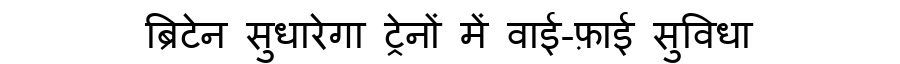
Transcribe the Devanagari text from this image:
ब्रिटेन सुधारेगा ट्रेनों में वाई-फ़ाई सुविधा